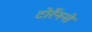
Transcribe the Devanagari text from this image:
टोर्रेननो